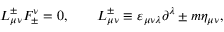
{ \cal L } _ { \mu \nu } ^ { \pm } { \cal F } _ { \pm } ^ { \nu } = 0 , \qquad { \cal L } _ { \mu \nu } ^ { \pm } \equiv \varepsilon _ { \mu \nu \lambda } \partial ^ { \lambda } \pm m \eta _ { \mu \nu } ,